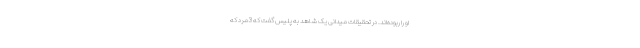
او را ربوده‌اند. در تحقیقات میدانی یک شاهد به پلیس گفت که 3مرد که